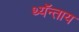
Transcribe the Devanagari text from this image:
थ्यॅन्ताय